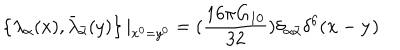
\left\{ \lambda _ { \alpha } ( x ) , \bar { \lambda } _ { \bar { \alpha } } ( y ) \right\} | _ { x ^ { 0 } = y ^ { 0 } } = ( \frac { 1 6 \pi G _ { 1 0 } } { 3 2 } ) \delta _ { \alpha \bar { \alpha } } \delta ^ { 6 } ( { \bf x } - { \bf y } )